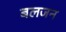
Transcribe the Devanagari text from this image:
बलजन